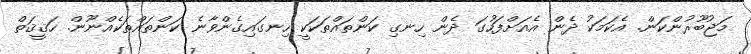
މަޖުބޫރުންކަން. އެކަމަކު ދެން އެއަށްފަހުގަ ދެން ހިނގި ކަންތައްތަކަކީ ހިނގައިގެންވާނެ ކަންތައްތަކެއްނޫން. ހަޤީޤަތް